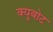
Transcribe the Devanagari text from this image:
क्यूबोट